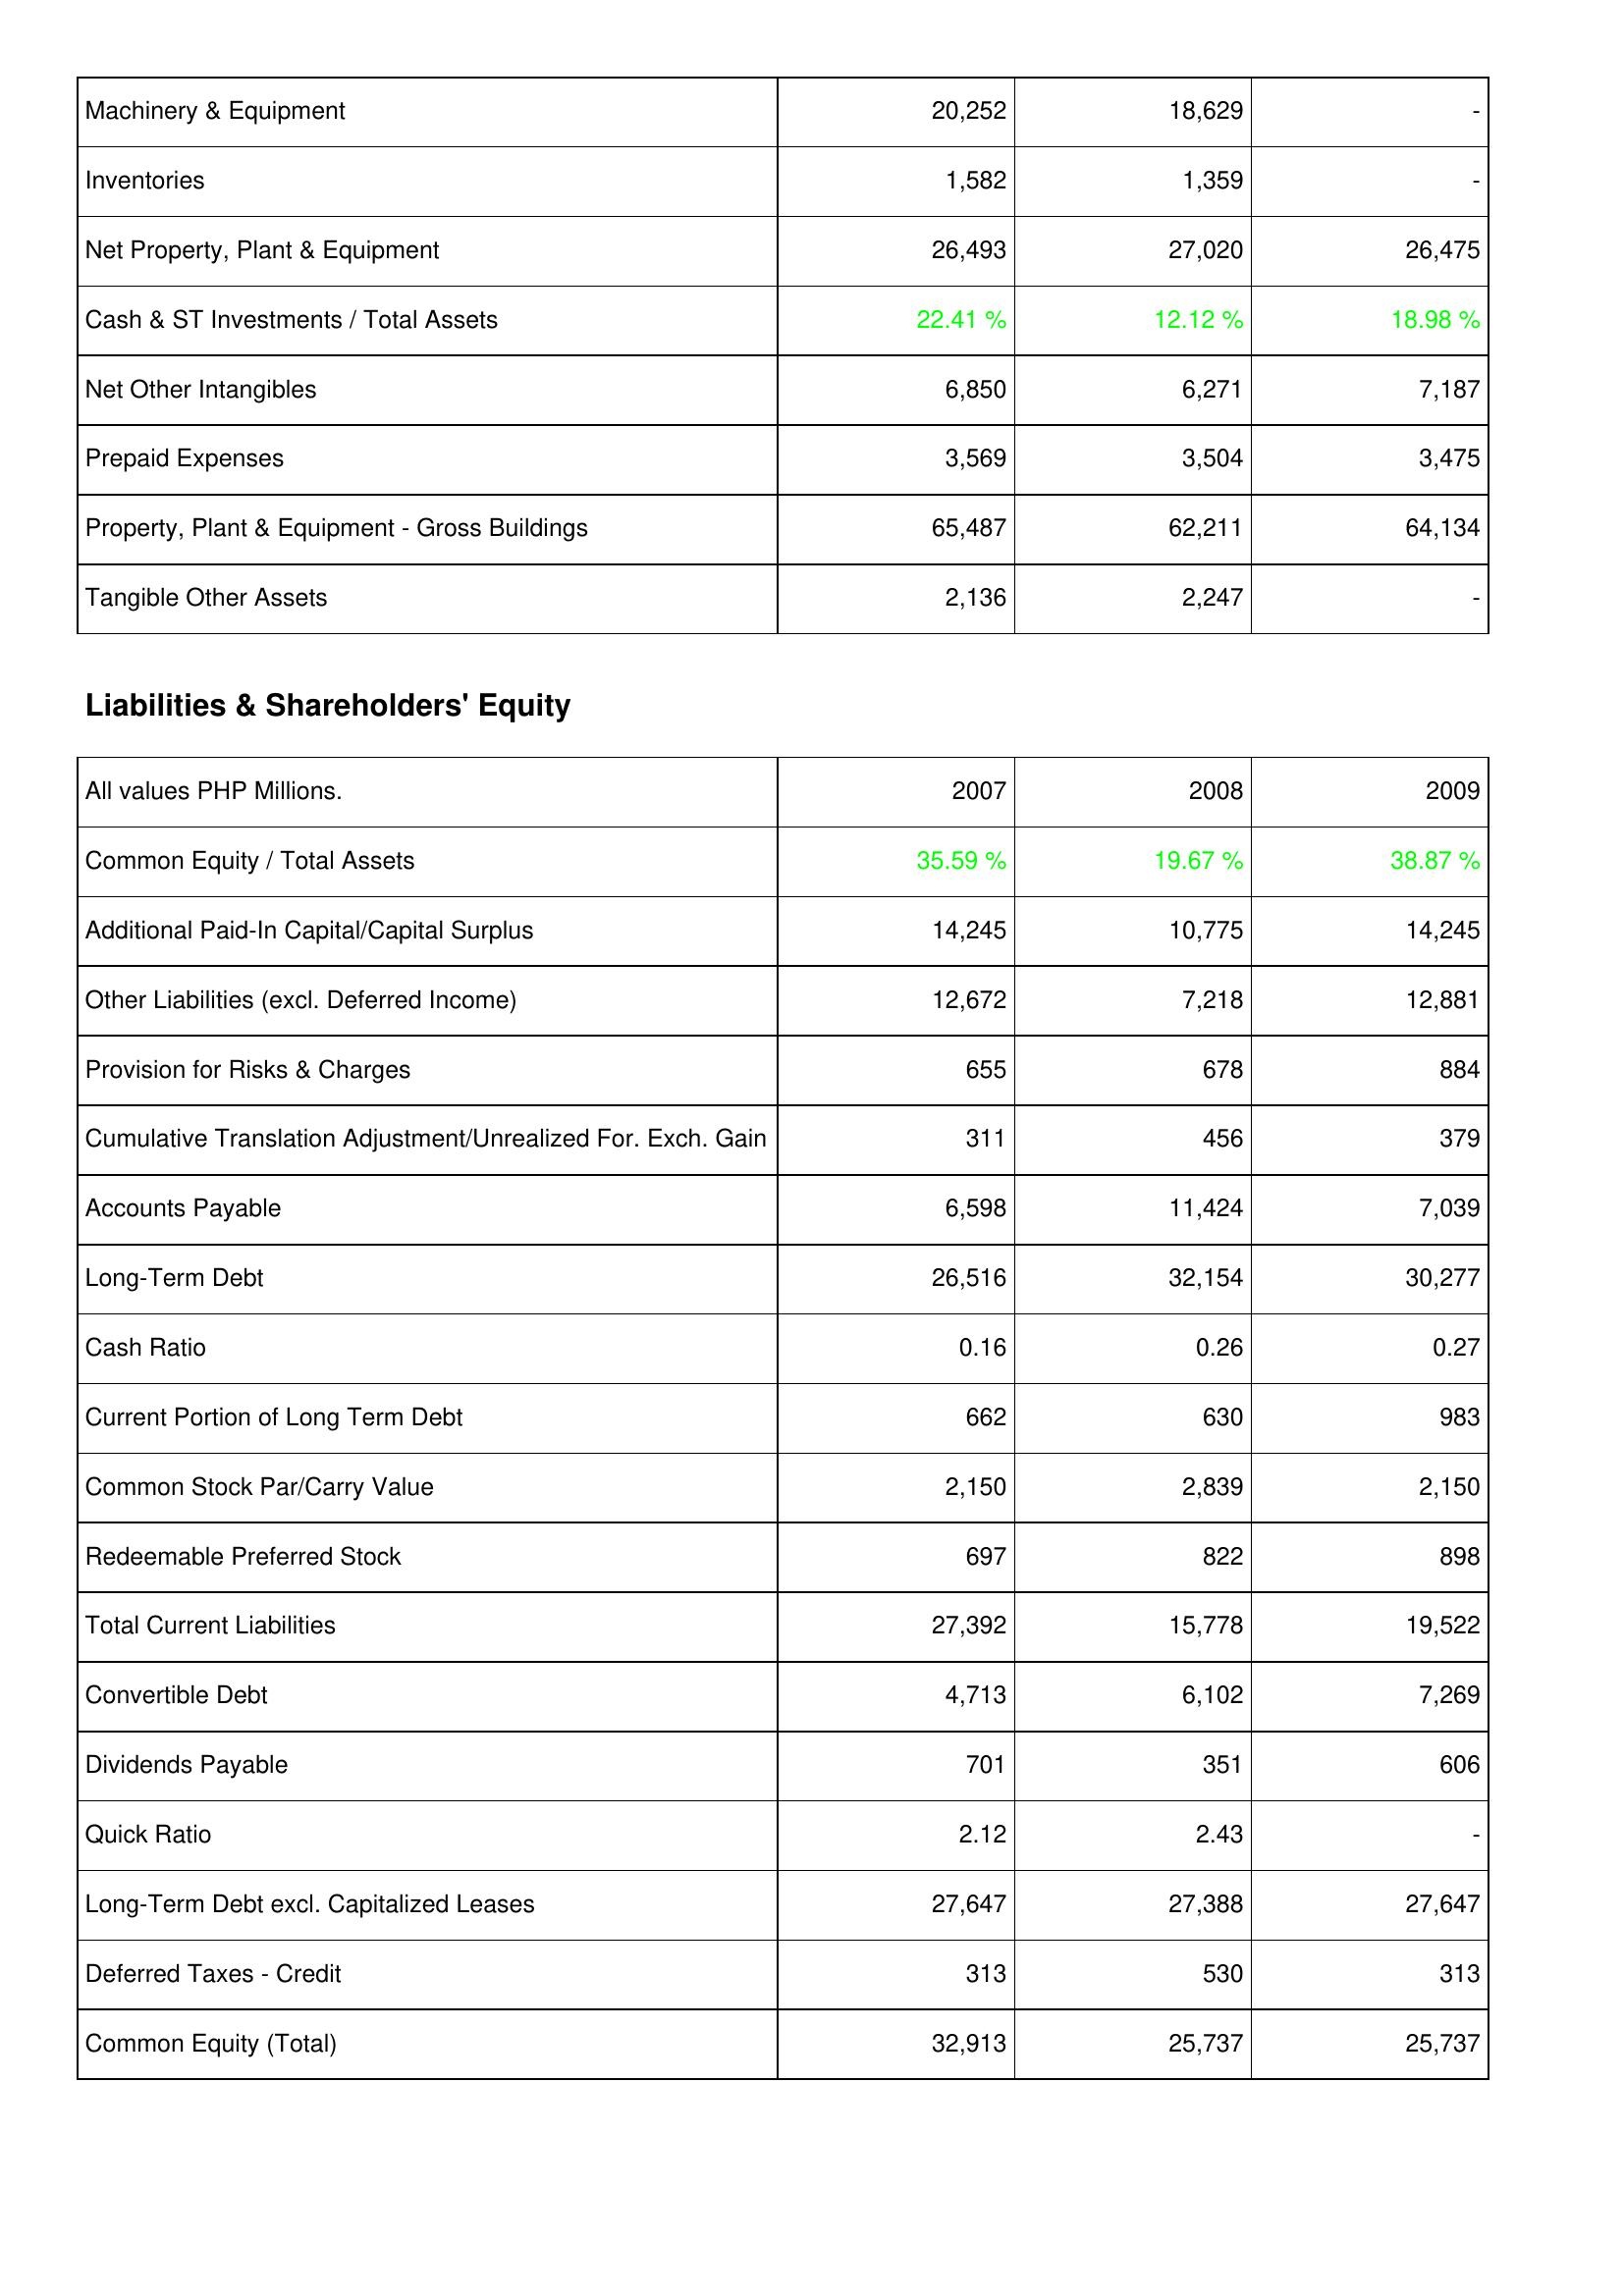
2007: Assets: Machinery & Equipment: 20,252
Inventories: 1,582
Net Property, Plant & Equipment: 26,493
Cash & ST Investments / Total Assets: 22.41 %
Net Other Intangibles: 6,850
Prepaid Expenses: 3,569
Property, Plant & Equipment - Gross Buildings: 65,487
Tangible Other Assets: 2,136
Liabilities & Shareholders' Equity: Common Equity / Total Assets: 35.59 %
Additional Paid-In Capital/Capital Surplus: 14,245
Other Liabilities (excl. Deferred Income): 12,672
Provision for Risks & Charges: 655
Cumulative Translation Adjustment/Unrealized For. Exch. Gain: 311
Accounts Payable: 6,598
Long-Term Debt: 26,516
Cash Ratio: 0.16
Current Portion of Long Term Debt: 662
Common Stock Par/Carry Value: 2,150
Redeemable Preferred Stock: 697
Total Current Liabilities: 27,392
Convertible Debt: 4,713
Dividends Payable: 701
Quick Ratio: 2.12
Long-Term Debt excl. Capitalized Leases: 27,647
Deferred Taxes - Credit: 313
Common Equity (Total): 32,913
2008: Assets: Machinery & Equipment: 18,629
Inventories: 1,359
Net Property, Plant & Equipment: 27,020
Cash & ST Investments / Total Assets: 12.12 %
Net Other Intangibles: 6,271
Prepaid Expenses: 3,504
Property, Plant & Equipment - Gross Buildings: 62,211
Tangible Other Assets: 2,247
Liabilities & Shareholders' Equity: Common Equity / Total Assets: 19.67 %
Additional Paid-In Capital/Capital Surplus: 10,775
Other Liabilities (excl. Deferred Income): 7,218
Provision for Risks & Charges: 678
Cumulative Translation Adjustment/Unrealized For. Exch. Gain: 456
Accounts Payable: 11,424
Long-Term Debt: 32,154
Cash Ratio: 0.26
Current Portion of Long Term Debt: 630
Common Stock Par/Carry Value: 2,839
Redeemable Preferred Stock: 822
Total Current Liabilities: 15,778
Convertible Debt: 6,102
Dividends Payable: 351
Quick Ratio: 2.43
Long-Term Debt excl. Capitalized Leases: 27,388
Deferred Taxes - Credit: 530
Common Equity (Total): 25,737
2009: Assets: Machinery & Equipment: -
Inventories: -
Net Property, Plant & Equipment: 26,475
Cash & ST Investments / Total Assets: 18.98 %
Net Other Intangibles: 7,187
Prepaid Expenses: 3,475
Property, Plant & Equipment - Gross Buildings: 64,134
Tangible Other Assets: -
Liabilities & Shareholders' Equity: Common Equity / Total Assets: 38.87 %
Additional Paid-In Capital/Capital Surplus: 14,245
Other Liabilities (excl. Deferred Income): 12,881
Provision for Risks & Charges: 884
Cumulative Translation Adjustment/Unrealized For. Exch. Gain: 379
Accounts Payable: 7,039
Long-Term Debt: 30,277
Cash Ratio: 0.27
Current Portion of Long Term Debt: 983
Common Stock Par/Carry Value: 2,150
Redeemable Preferred Stock: 898
Total Current Liabilities: 19,522
Convertible Debt: 7,269
Dividends Payable: 606
Quick Ratio: -
Long-Term Debt excl. Capitalized Leases: 27,647
Deferred Taxes - Credit: 313
Common Equity (Total): 25,737